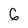
Character: G